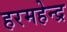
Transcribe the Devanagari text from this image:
हरमहेन्द्र